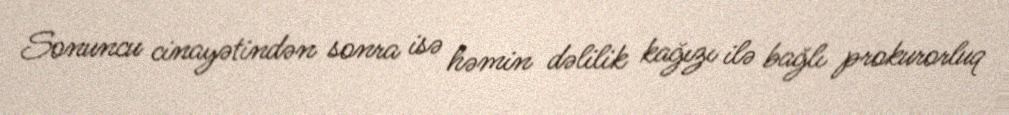
Sonuncu cinayətindən sonra isə həmin dəlilik kağızı ilə bağlı prokurorluq